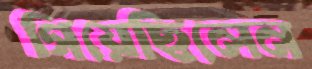
গিয়েছিলেন